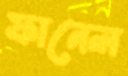
ফানেল